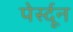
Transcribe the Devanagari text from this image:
पेर्स्दून